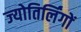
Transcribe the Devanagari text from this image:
ज्‍योतिर्लिंगों